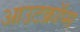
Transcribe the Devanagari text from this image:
आउटक्रॉप्स